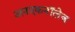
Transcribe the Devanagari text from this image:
अनएकनॉलेज